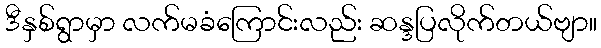
ဒီနှစ်ရွာမှာ လက်မခံကြောင်းလည်း ဆန္ဒပြလိုက်တယ်ဗျာ။